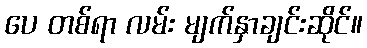
ပေ တစ်ရာ လမ်း မျက်နှာချင်းဆိုင်။